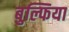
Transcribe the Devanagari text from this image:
बुल्फिया